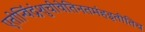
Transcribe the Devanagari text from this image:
एतोन्विंद्रंशुचीवेतिनतमंहइतीतिच